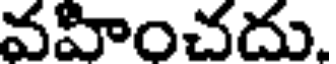
వహించదు.